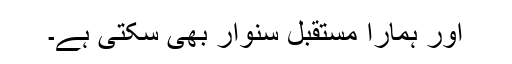
اور ہمارا مستقبل سنوار بھی سکتی ہے۔